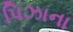
પિઝાના